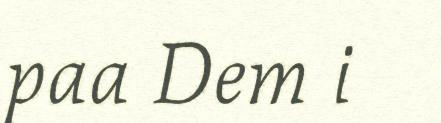
paa Dem i